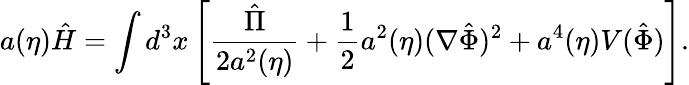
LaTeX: a(\eta)\hat{H}=\int d^{3}x\left[\frac{\hat{\Pi}}{2a^{2}(\eta)}+\frac{1}{2}a^{2}(\eta)(\nabla\hat{\Phi})^{2}+a^{4}(\eta)V(\hat{\Phi})\right].